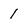
Character: 1